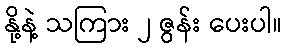
နို့နဲ့ သကြား ၂ ဇွန်း ပေးပါ။